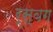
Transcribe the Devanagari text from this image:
र्स्वग